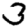
Digit: 3